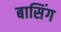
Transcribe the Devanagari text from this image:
बासिंग